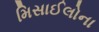
મિસાઈલોના